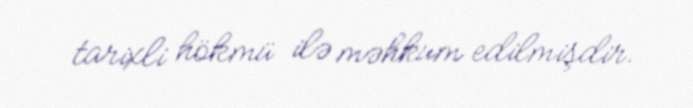
tarixli hökmü ilə məhkum edilmişdir.